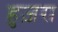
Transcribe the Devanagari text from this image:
हुज़रा